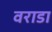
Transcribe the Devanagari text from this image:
वराडा